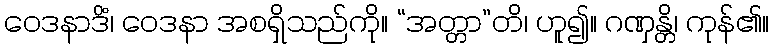
ဝေဒနာဒိံ၊ ဝေဒနာ အစရှိသည်ကို။ “အတ္တာ”တိ၊ ဟူ၍။ ဂဏှန္တိ၊ ကုန်၏။